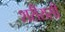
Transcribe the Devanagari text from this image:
शरीरासी